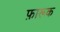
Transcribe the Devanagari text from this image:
फ़ारूक